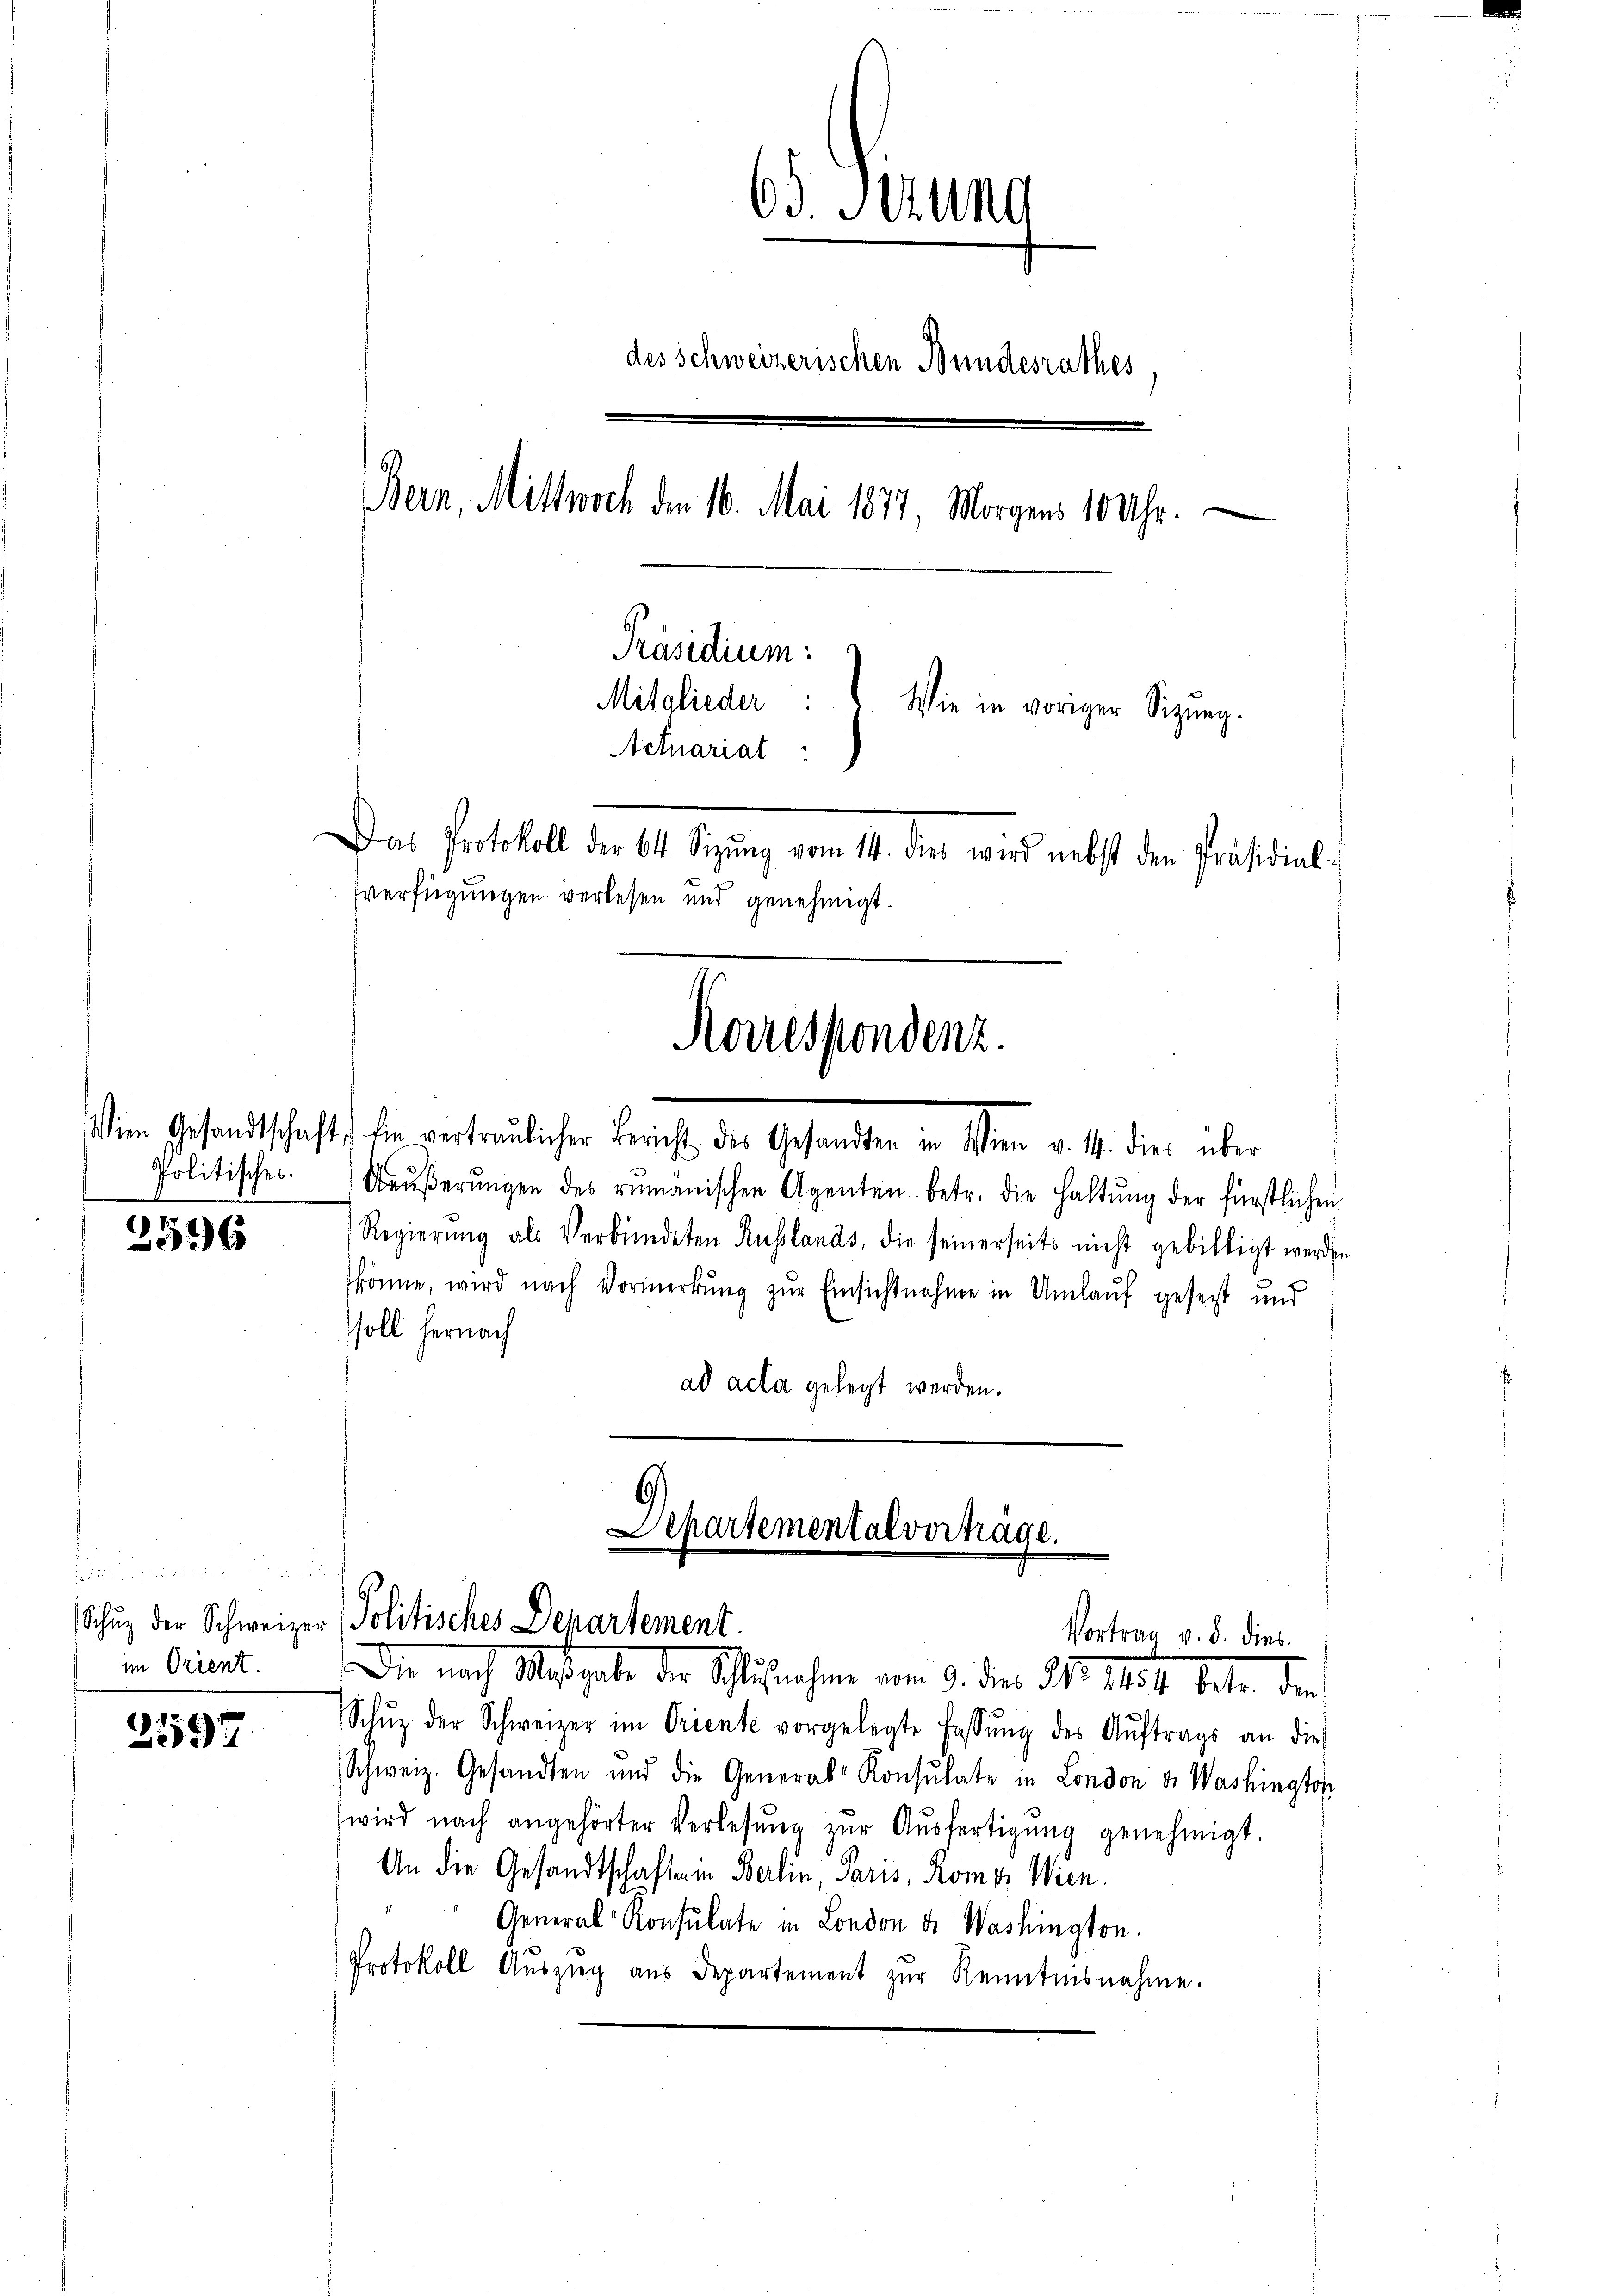
Politisches.

2596

i und
im Orient.

2597

65. Stund
des Schweizerischen Bundesrathes
Bern, Mittwoch den 16. Mai 1877, Morgens 10 Uhr.
i
Präsidium:
Mitglieder:
Wie in voriger Sitzung.
Actuariat
Das Protokoll der 64. Sizŭng vom 14. dies wird nebst den Präsidial-
Verfügungen verlesen und genehmigt.

sem Gesandtschaft sie vertraulicher Bericht, der Gesandten in Stern v. M. die über
Aaŭβerŭngen des rumänischen Agenten betr. die haltŭng der fürstlichen
Regierŭng als Verbündeten Russlands, die seinerseits nicht gebilligt werden
könne, wird nach Vormerkŭng zŭr Einsichtnahme in Umlauf gesetzt und
ssoll hernach
ad acta gelegt werden.

Korrespondenz.

Departementalverhäge.
Schuz der Schweizer Politisches Departement.
Vortrag v. 8. dies

Die nach Maßgabe die Schlußnahme vom 9. des Jahr 15 s. beter den
Schŭz der Schweizer im Oriente vorgelegte Fassŭng des Aŭftrags an dies
Schweiz. Gesandten und die General Konsulate in London v. Washington
wird nach angehörter Verlesung zŭr Aŭsfertigŭng genehmigt.
An die Gesandtschafte in Berlin, Paris, Romer Wien.
General Konsulate in London d. Washington.
Protokoll Auszug aus Departement zur Renntnisnahme.